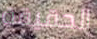
الحقيقة